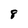
Character: 8